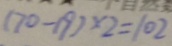
( 7 0 - 1 9 ) \times 2 = 1 0 2